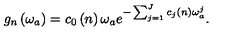
g _ { n } \left( \omega _ { a } \right) = c _ { 0 } \left( n \right) \omega _ { a } e ^ { - \sum _ { j = 1 } ^ { J } c _ { j } \left( n \right) \omega _ { a } ^ { j } } .